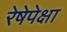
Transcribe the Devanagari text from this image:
रेषेपेक्षा